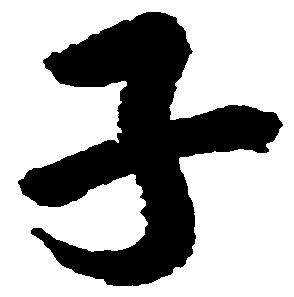
子